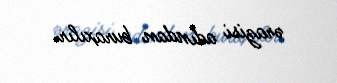
ərazisi adından buraxılır.